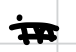
Text: in
Cross-out: double-line
Writing tool: digital_black